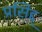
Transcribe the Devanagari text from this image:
प्रसिद्द्